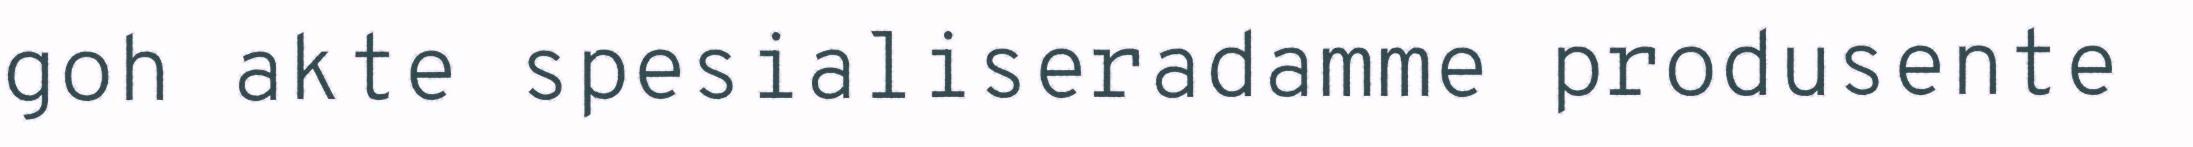
goh akte spesialiseradamme produsente